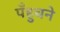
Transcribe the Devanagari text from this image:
पँहुचने